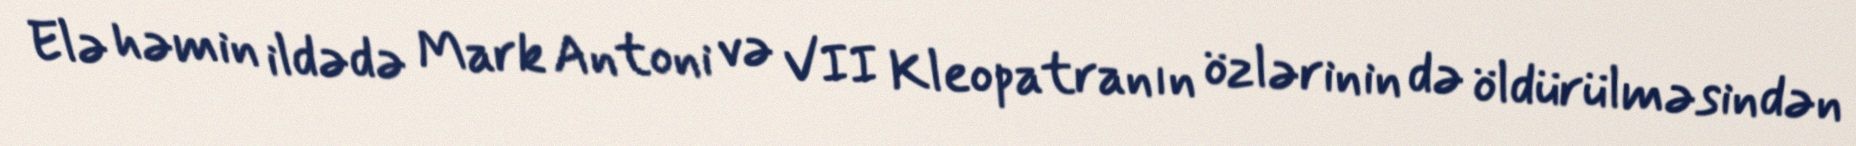
Elə həmin ildədə Mark Antoni və VII Kleopatranın özlərinin də öldürülməsindən